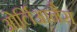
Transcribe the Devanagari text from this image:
ओर्लिआनैस